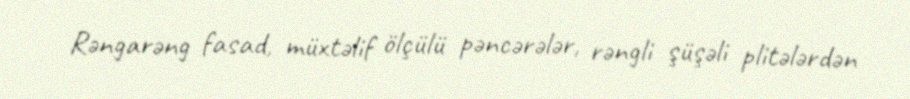
Rəngarəng fasad, müxtəlif ölçülü pəncərələr, rəngli şüşəli plitələrdən